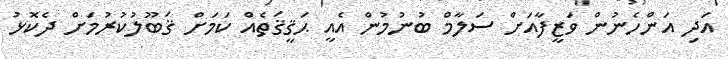
އަދި އަންހެނުން ވަޒީފާއަށް ސަލާމް ބުނުމުން އެއީ ޙަޤީޤަތެއް ކަމަށް ޤަބޫލުކުރުމަށް ދެކޮޅު